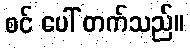
စင် ပေါ် တက်သည်။